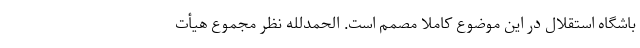
باشگاه استقلال در این موضوع کاملا مصمم است. الحمدلله نظر مجموع هیأت